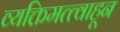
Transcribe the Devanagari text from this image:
व्यक्तिमत्त्वाहून